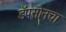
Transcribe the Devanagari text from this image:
डॅपसोनचा